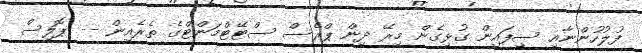
ފުލުހުންނާއި ސިފައިން ގުޅިގެން މިރޭ ދިން ޕްރެސް ސްޓޭޓްމަންޓްގެ ތެރެއިން -- ޕޮލިސް